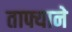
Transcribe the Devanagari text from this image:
ताफ्याने